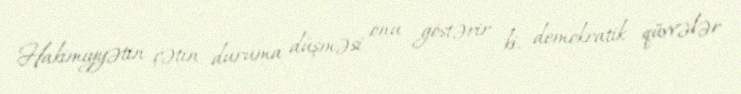
Hakimiyyətin çətin duruma düşməsi onu göstərir ki, demokratik qüvvələr